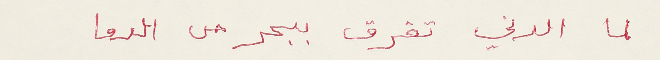
لما الدني تغرق ببحر من الدما